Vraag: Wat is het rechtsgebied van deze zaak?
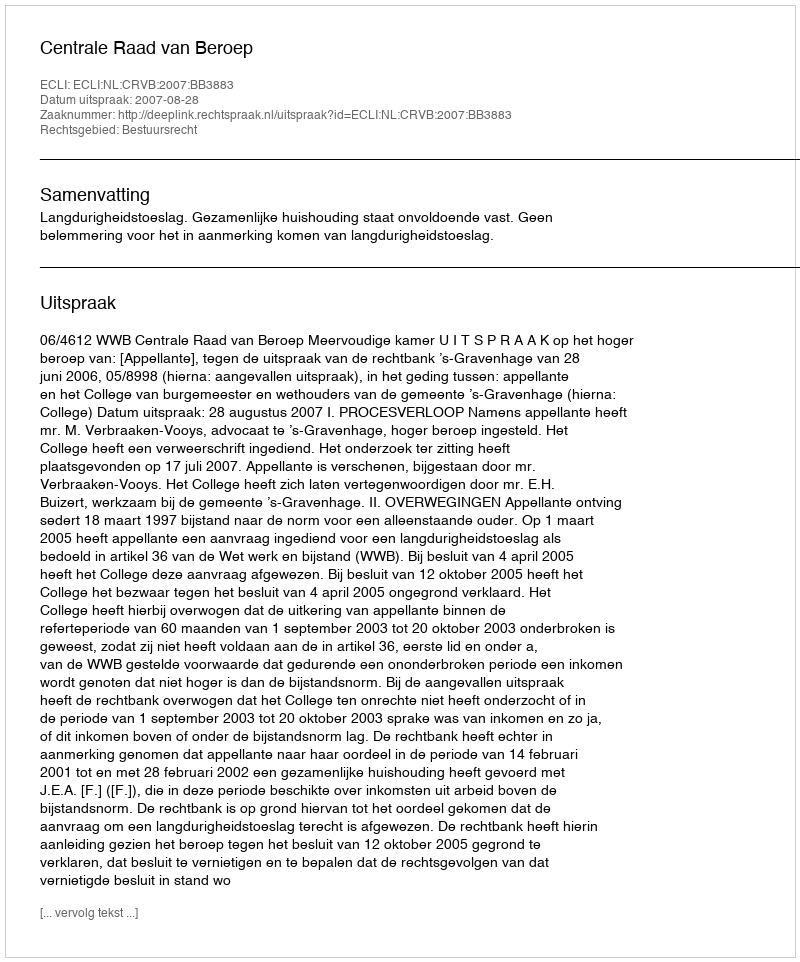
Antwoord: Bestuursrecht